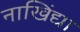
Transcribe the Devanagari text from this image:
नाखिंद्या